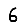
Digit: 6